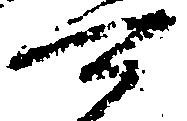
可